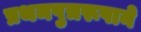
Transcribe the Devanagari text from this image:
प्रथमपुत्ररूपाने